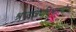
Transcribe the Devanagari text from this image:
श्रध्दात्रयविभागयोग